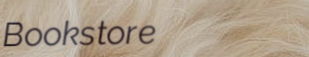
Bookstore